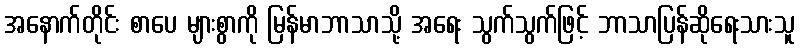
အနောက်တိုင်း စာပေ များစွာကို မြန်မာဘာသာသို့ အရေး သွက်သွက်ဖြင့် ဘာသာပြန်ဆိုရေးသားသူ